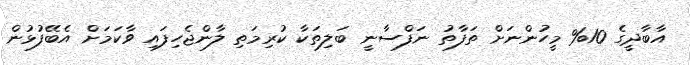
އާބާދީގެ 10% މީހުންނަށް ތަފާތު ނަފްސާނީ ބަލިތަކާ ކުރިމަތި ލާންޖެހިފައި ވާކަމަށް އެބޭފުޅުން